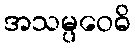
အသမ္ပဝေဓိ